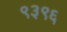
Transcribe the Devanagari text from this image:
९३९६